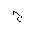
Letter: _gim